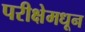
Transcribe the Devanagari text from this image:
परीक्षेमधून